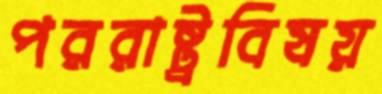
পররাষ্ট্রবিষয়